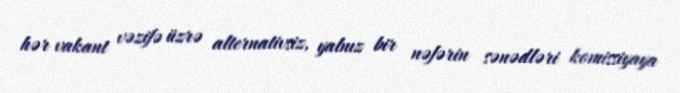
hər vakant vəzifə üzrə alternativsiz, yalnız bir nəfərin sənədləri komissiyaya